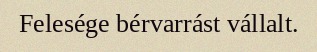
Felesége bérvarrást vállalt.